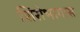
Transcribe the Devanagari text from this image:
शिरोभागास